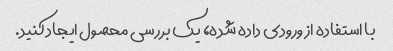
با استفاده از ورودی داده شده، یک بررسی محصول ایجاد کنید.